Report on horse surra - Volume I
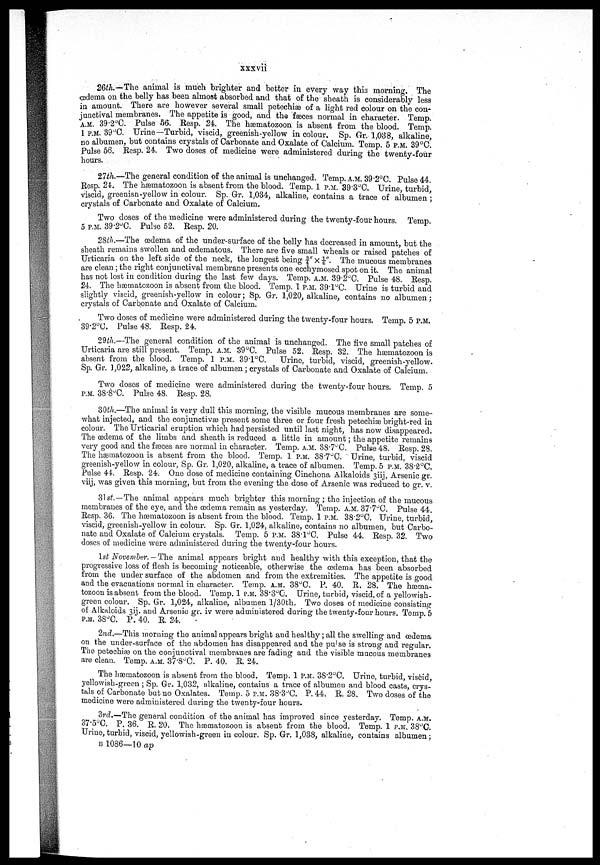
xxxvii
26th-The animal is much brighter and better in every way this morning. The
œclema on the belly has been almost absorbed and that of the sheath is considerably less
in amount. There are however several small petechiæ of a light red colour on the con-
junctival membranes. The appetite is good, and the fæces normal in character. Temp.
A.M. 39.2°C. Pulse 56. Resp. 24. The hæmatozoon is absent from the blood. Temp.
1 P.M. 39°C. Urine—Turbid, viscid, greenish-yellow in colour, Sp. Gr. 1,038, alkaline,
no albumen, but contains crystals of Carbonate and Oxalate of Calcium. Temp. 5 P.M. 39°C.
Pulse 56. Resp. 24. Two doses of medicine were administered during the twenty-four
hours.
27th.—The general condition of the animal is unchanged. Temp. A.M. 39.2°C. Pulse 44.
Resp. 24. The hæmatozoon is absent from the blood. Temp. 1 P.M. 39.3°C. Urine, turbid,
viscid, greenish-yellow in colour. Sp. Gr. 1,034, alkaline, contains a trace of albumen ;
crystals of Carbonate and Oxalate of Calcium.
Two doses of the medicine were administered during the twenty-four hours. Temp.
5 P.M. 39.2°C. Pulse 52. Resp. 20.
28th.—The œdema of the under-surface of the belly has decreased in amount, but the
sheath remains swollen and œdematous. There are five small wheals or raised patches of
Urticaria on the left side of the neck, the longest being ¾" × ¼". The mucous membranes
are clean; the right conjunctival membrane presents one ecchymosed spot on it. The animal
has not lost in condition during the last few days. Temp. A.M. 39.2°C. Pulse 48. Resp.
24. The hæmatozoon is absent from the blood. Temp. 1 P.M. 39.1°C. Urine is turbid and
slightly viscid, greenish-yellow in colour; Sp. Gr. 1,020, alkaline, contains no albumen ;
crystals of Carbonate and Oxalate of Calcium.
Two doses of medicine were administered during the twenty-four hours. Temp. 5 P.M.
39.2°C. Pulse 48. Resp. 24.
29th.—The general condition of the animal is unchanged. The five small patches of
Urticaria are still present. Temp. A.M. 39°C. Pulse 52. Resp. 32. The hæmatozoon is
absent from the blood. Temp. 1 P.M. 39.1°C.
Urine, turbid, viscid, greenish-yellow.
Sp. Gr. 1,022, alkaline, a trace of albumen; crystals of Carbonate and Oxalate of Calcium.
Two doses of medicine were administered during the twenty-four hours. Temp. 5
P.M. 38.8°C. Pulse 48. Resp. 28.
30th.—The animal is very dull this morning, the visible mucous membranes are some-
what injected, and the conjunctivæ present some three or four fresh petechiæ bright-red in
colour. The Urticarial eruption which had persisted until last night, has now disappeared.
The œdema of the limbs and sheath is reduced a little in amount; the appetite remains
very good and the fæces are normal in character. Temp. A.M. 38.7°C. Pulse 48. Resp. 28.
The hæmatozoon is absent from the blood. Temp. 1 P.M. 38.7°C. . Urine, turbid, viscid
greenish-yellow in colour, Sp. Gr. 1,020, alkaline, a trace of albumen. Temp. 5 P.M. 38.2°C
Pulse 44. Resp. 24. One dose of medicine containing Cinchona Alkaloids 3iij, Arsenic gr.
viij, was given this morning, but from the evening the dose of Arsenic was reduced to gr. v.
31st. —The animal appears much brighter this morning ; the injection of the mucous
membranes of the eye, and the œdema remain as yesterday. Temp. A.M. 37.7°C. Pulse 44.
Resp. 36. The hæmatozoon is absent from the blood. Temp. 1 P.M. 38.2°C. Urine, turbid,
viscid, greenish-yellow in colour. Sp. Gr. 1,024, alkaline, contains no albumen, but Carbo-
nate and Oxalate of Calcium crystals. Temp. 5 P.M. 38.1°C. Pulse 44. Resp. 32. Two
doses of medicine were administered during the twenty-four hours.
1st November. — The animal appears bright and healthy with this exception, that the
progressive loss of flesh is becoming noticeable, otherwise the œdema has been absorbed
from the under surface of the abdomen and from the extremities. The appetite is good
and the evacuations normal in character. Temp. A.M. 38°C. P. 40. R. 28. The hæma-
tozoon is absent from the blood. Temp. 1 P.M. 38.3°C. Urine, turbid, viscid, of a yellowish-
green colour. Sp. Gr. 1,024, alkaline, albumen l/30th. Two doses of medicine consisting
of Alkaloids 3ij. and Arsenic gr. iv were administered during the twenty-four hours. Temp. 5
P.M. 38°C. P. 40. R. 24.
2nd.—This morning the animal appears bright and healthy; all the swelling and œdema
on the under-surface of the abdomen has disappeared and the pulse is strong and regular.
The petechiæ on the conjunctival membranes are fading and the visible mucous membranes
are clean. Temp. A.M. 37.8°C. P. 40. R. 24.
The hæmatozoon is absent from the blood. Temp. 1 P.M. 38.2°C. Urine, turbid, viscid,
yellowish-green ; Sp. Gr. 1,032, alkaline, contains a trace of albumen and blood casts, crys-
tals of Carbonate but no Oxalates. Temp. 5 P.M. 38.3°C. P. 44. R. 28. Two doses of the
medicine were administered during the twenty-four hours.
3rd.—The general condition of the animal has improved since yesterday. Temp. A.M.
37.5°C. P. 36. R. 20. The hæmatozoon is absent from the blood. Temp. 1 P.M. 38°C.
Urine, turbid, viscid, yellowish-green in colour. Sp. Gr. 1,038, alkaline, contains albumen ;
B 1086—10 ap